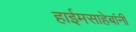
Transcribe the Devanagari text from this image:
हाईमसाहेबांनी